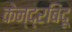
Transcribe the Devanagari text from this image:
केन्द्रबिंदू